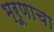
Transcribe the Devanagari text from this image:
भ्रूणाचा